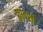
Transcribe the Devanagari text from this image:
फ़्रावशी